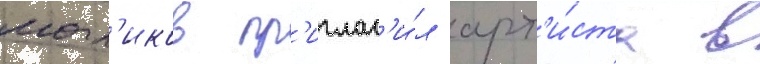
мал'иков пр'иглас'и́л арт'и́ста в